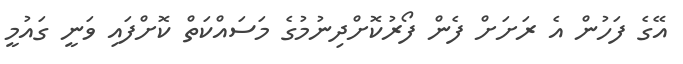
އޭގެ ފަހުން އެ ރަށަށް ފެން ފޯރުކޮށްދިނުމުގެ މަސައްކަތް ކޮށްފައި ވަނީ ގައުމީ